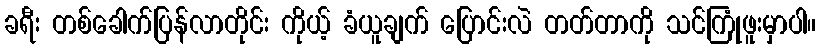
ခရီး တစ်ခေါက်ပြန်လာတိုင်း ကိုယ့် ခံယူချက် ပြောင်းလဲ တတ်တာကို သင်ကြုံဖူးမှာပါ။